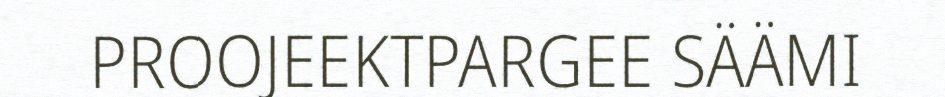
PROOJEEKTPARGEE SÄÄMI